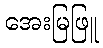
အေးမြဖြူ